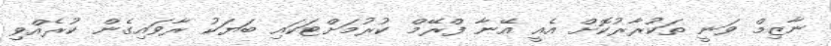
ނާޒިމް ވަނީ ތަކުރާރުކޮށް އެއީ އޭނާ ފްރޭމް ކުރުމަށްޓަކައި ބަޔަކު ރާވައިގެން ކުރެއްވި